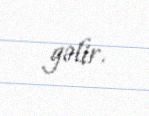
gəlir.